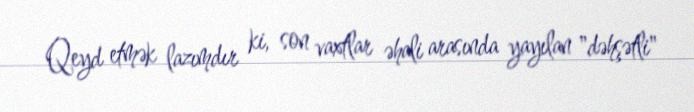
Qeyd etmək lazımdır ki, son vaxtlar əhali arasında yayılan "dəhşətli"